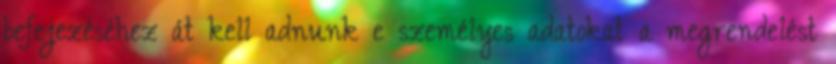
befejezéséhez át kell adnunk e személyes adatokat a megrendelést